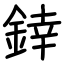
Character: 﨨